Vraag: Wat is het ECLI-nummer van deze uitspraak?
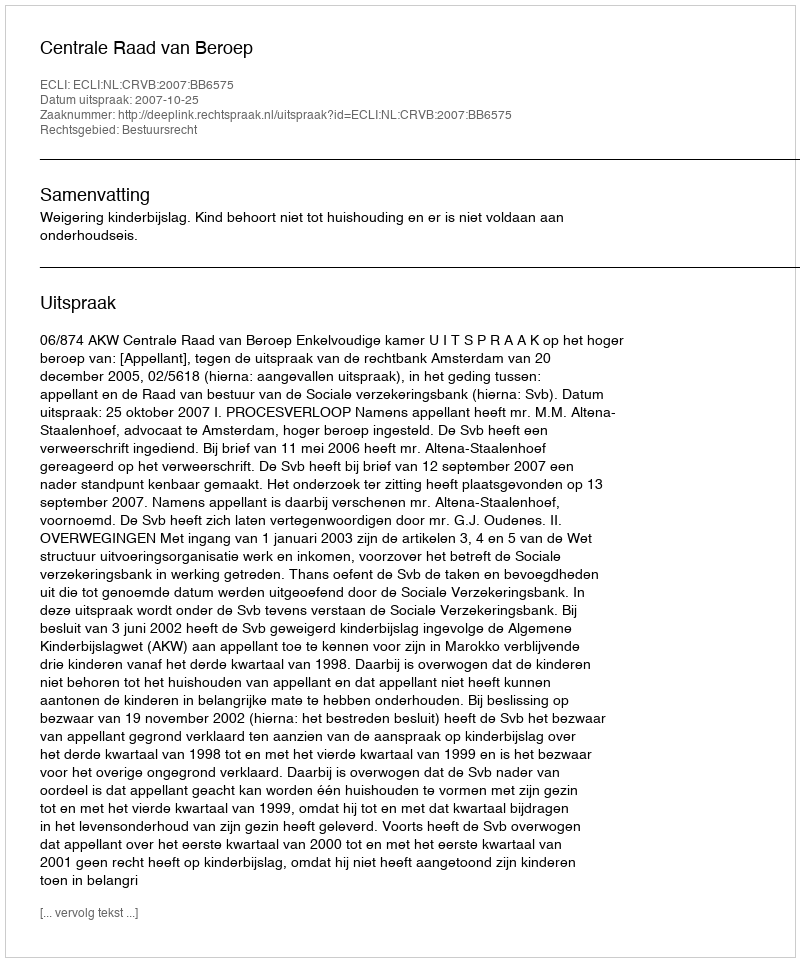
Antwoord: ECLI:NL:CRVB:2007:BB6575